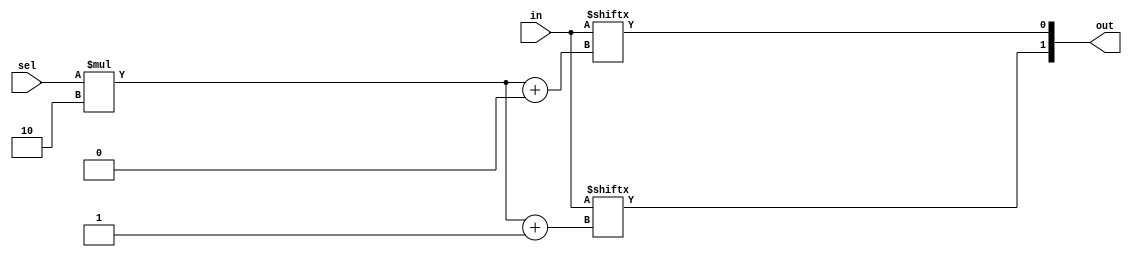
module extractor (
   out,
   in, sel
   );
   parameter IN_WIDTH=8;
   parameter OUT_WIDTH=2;
   input [IN_WIDTH*OUT_WIDTH-1:0] in;
   output [OUT_WIDTH-1:0]         out;
   input [31:0] 		  sel;
   wire [OUT_WIDTH-1:0] out = selector(in,sel);
   function [OUT_WIDTH-1:0] selector;
      input [IN_WIDTH*OUT_WIDTH-1:0] inv;
      input [31:0] 		  selv;
      integer i;
      begin
	 selector = 0;
	 for (i=0; i<OUT_WIDTH; i=i+1) begin
	    selector[i] = inv[selv*OUT_WIDTH+i];
	 end
      end
   endfunction
endmodule